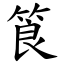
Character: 筤